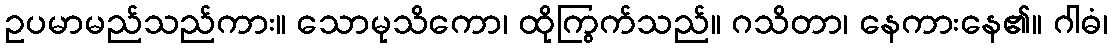
ဥပမာမည်သည်ကား။ သောမုသိကော၊ ထိုကြွက်သည်။ ဂသိတာ၊ နေကားနေ၏။ ဂါဓံ၊